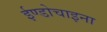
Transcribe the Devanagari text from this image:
ईण्डोचाइना